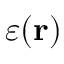
\varepsilon ( \mathbf { r } )